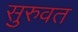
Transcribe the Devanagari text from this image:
सुरुवत